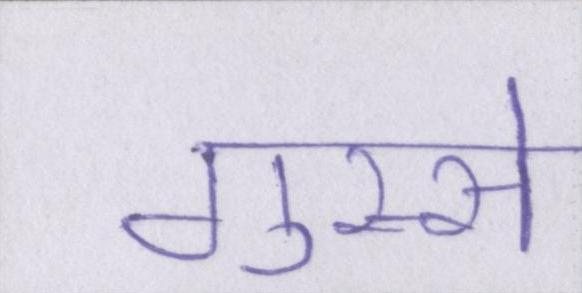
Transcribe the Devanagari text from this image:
गुस्से